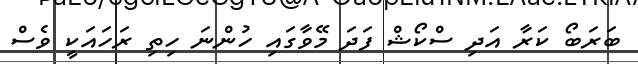
ބަރަބޯ ކަރާ އަދި ސްކޯޝް ފަދަ މޭވާގައި ހުންނަ ހިތި ރަހައަކީ ވެސް